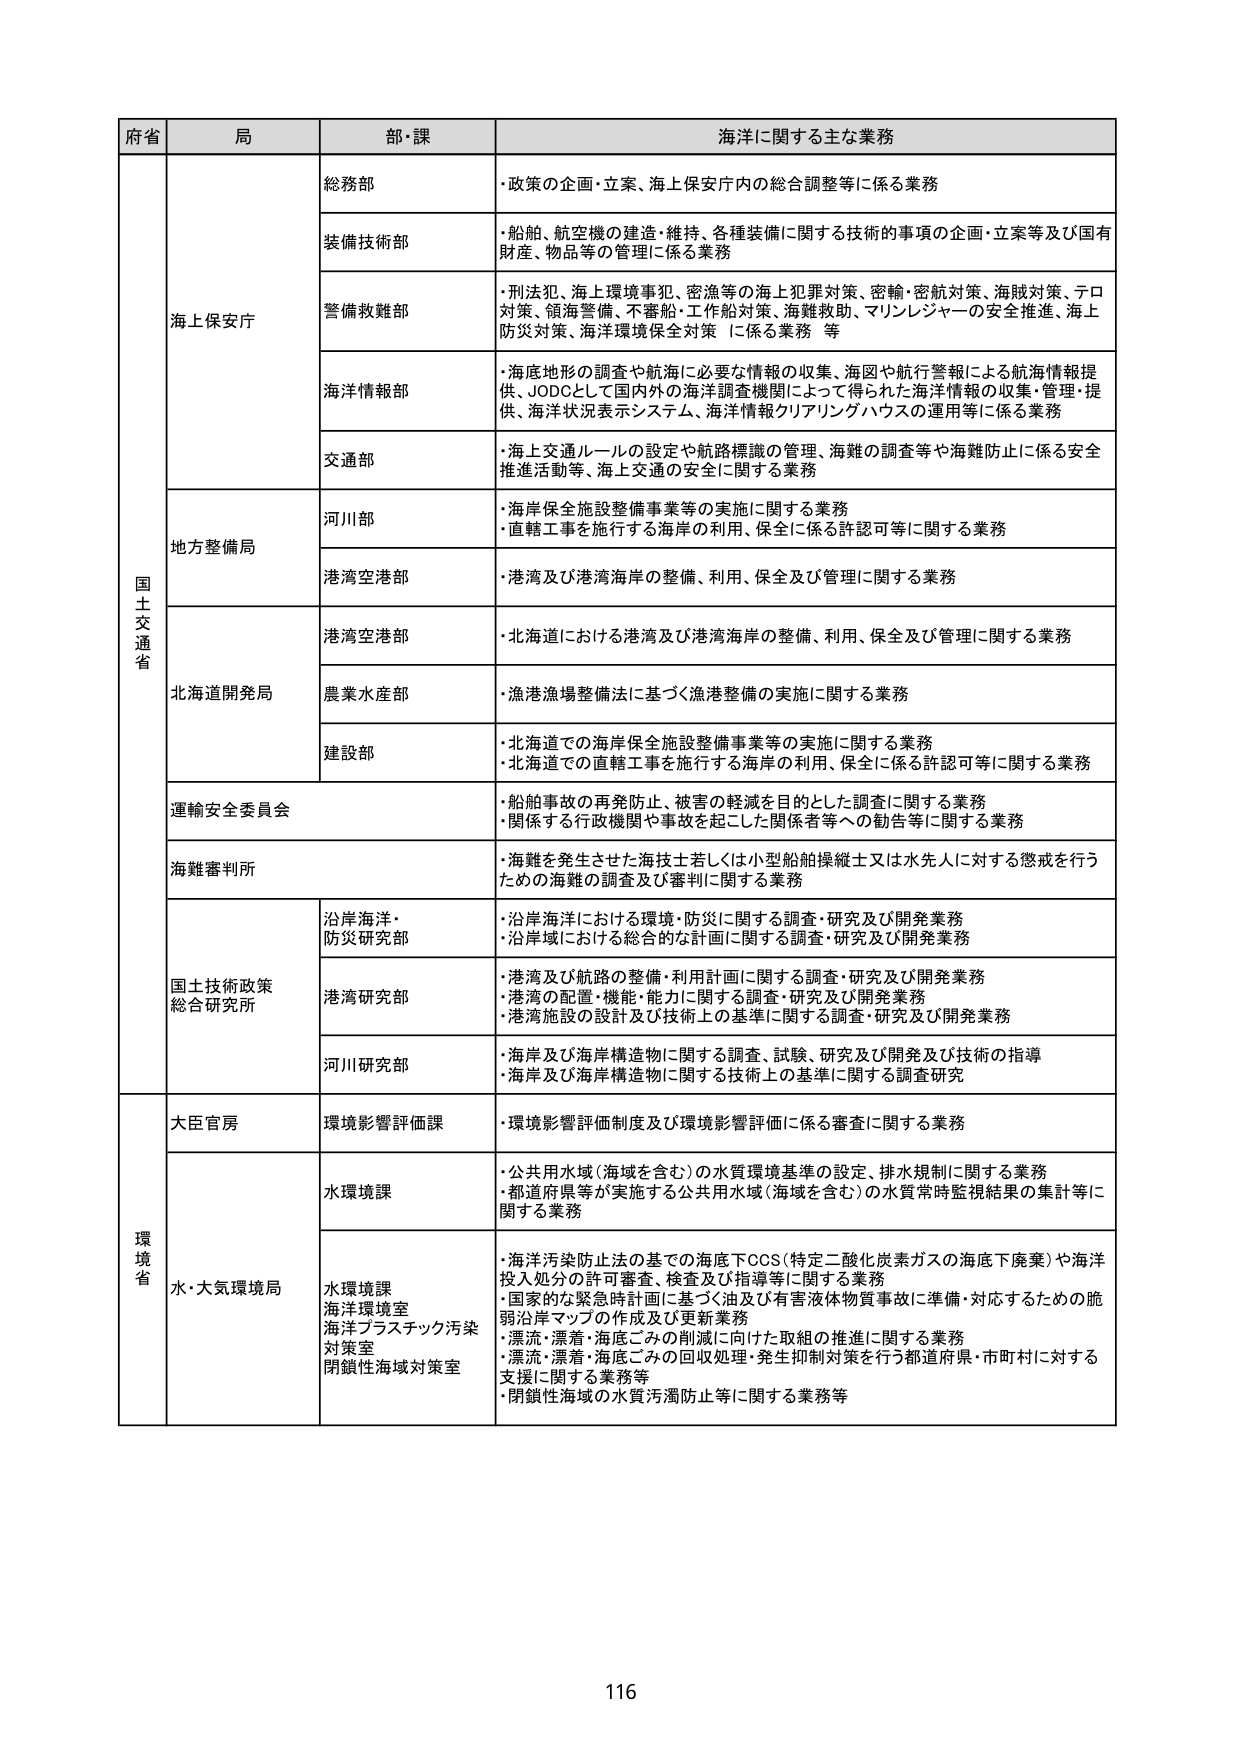
府省 局 部・課 海洋に関する主な業務
国 土 交 通 省 海上保安庁 総務部 ・政策の企画・立案、海上保安庁内の総合調整等に係る業務
装備技術部 ・船舶、航空機の建造・維持、各種装備に関する技術的事項の企画・立案等及び国有財産、物品等の管理に係る業務
警備救難部 ・刑法犯、海上環境事犯、密漁等の海上犯罪対策、密輸・密航対策、海賊対策、テロ対策、領海警備、不審船・工作船対策、海難救助、マリンレジャーの安全推進、海上防災対策、海洋環境保全対策 に係る業務 等
海洋情報部 ・海底地形の調査や航海に必要な情報の収集、海図や航行警報による航海情報提供、JODCとして国内外の海洋調査機関によって得られた海洋情報の収集・管理・提供、海洋状況表示システム、海洋情報クリアリングハウスの運用等に係る業務
交通部 ・海上交通ルールの設定や航路標識の管理、海難の調査等や海難防止に係る安全推進活動等、海上交通の安全に関する業務
地方整備局 河川部 ・海岸保全施設整備事業等の実施に関する業務 ・直轄工事を施行する海岸の利用、保全に係る許認可等に関する業務
港湾空港部 ・港湾及び港湾海岸の整備、利用、保全及び管理に関する業務
北海道開発局 港湾空港部 ・北海道における港湾及び港湾海岸の整備、利用、保全及び管理に関する業務
農業水産部 ・漁港漁場整備法に基づく漁港整備の実施に関する業務
建設部 ・北海道での海岸保全施設整備事業等の実施に関する業務 ・北海道での直轄工事を施行する海岸の利用、保全に係る許認可等に関する業務
運輸安全委員会 ・船舶事故の再発防止、被害の軽減を目的とした調査に関する業務 ・関係する行政機関や事故を起こした関係者等への勧告等に関する業務
海難審判所 ・海難を発生させた海技士若しくは小型船舶操縦士又は水先人に対する懲戒を行うための海難の調査及び審判に関する業務
国土技術政策総合研究所 沿岸海洋・防災研究部 ・沿岸海洋における環境・防災に関する調査・研究及び開発業務 ・沿岸域における総合的な計画に関する調査・研究及び開発業務
港湾研究部 ・港湾及び航路の整備・利用計画に関する調査・研究及び開発業務 ・港湾の配置・機能・能力に関する調査・研究及び開発業務 ・港湾施設の設計及び技術上の基準に関する調査・研究及び開発業務
河川研究部 ・海岸及び海岸構造物に関する調査、試験、研究及び開発及び技術の指導 ・海岸及び海岸構造物に関する技術上の基準に関する調査研究
環境省 大臣官房 環境影響評価課 ・環境影響評価制度及び環境影響評価に係る審査に関する業務
水・大気環境局 水環境課 ・公共用水域（海域を含む）の水質環境基準の設定、排水規制に関する業務 ・都道府県等が実施する公共用水域（海域を含む）の水質常時監視結果の集計等に関する業務
水環境課 海洋環境室 海洋プラスチック汚染対策室 閉鎖性海域対策室 ・海洋汚染防止法の基での海底下CCS（特定二酸化炭素ガスの海底下廃棄）や海洋投入処分の許可審査、検査及び指導等に関する業務 ・国家的な緊急時計画に基づく油及び有害液体物質事故に準備・対応するための脆弱沿岸マップの作成及び更新業務 ・漂流・漂着・海底ごみの削減に向けた取組の推進に関する業務 ・漂流・漂着・海底ごみの回収処理・発生抑制対策を行う都道府県・市町村に対する支援に関する業務等 ・閉鎖性海域の水質汚濁防止等に関する業務等
116